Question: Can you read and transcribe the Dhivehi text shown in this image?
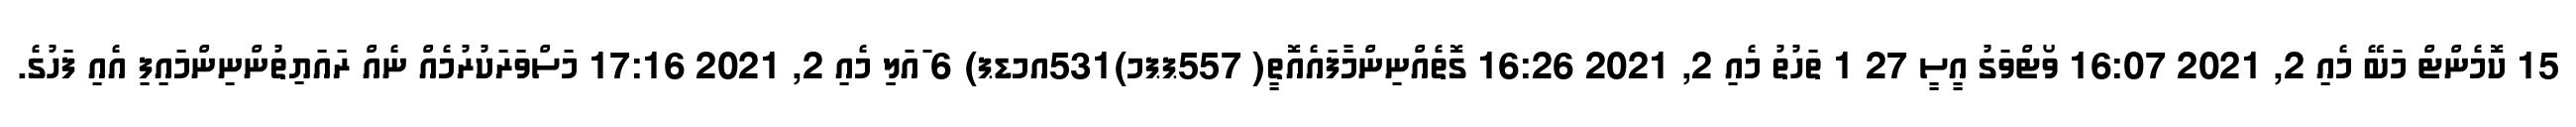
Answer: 15 ކޮމެންޓް މަބޭ މެއި 2, 2021 16:07 ވޯޓްވަގު އީސީ 27 1 ތަހުތު މެއި 2, 2021 16:26 ގޮތެއްނިންމާފައެއޮތީ( 557ޕޕމ)531އމޑޕ) 6 ައަލިި މެއި 2, 2021 17:16 މަސްވަރަކުރުމެއް ނެއް ރައަޔިތުންނިންމައިފި އެއި ފަހުގެ.